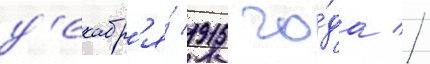
д'екабр'я́ 1915 го́да //